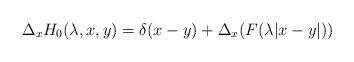
LaTeX: \begin{align*}\Delta_x H_0(\lambda,x,y) = \delta(x-y) + \Delta_x (F(\lambda|x-y|))\end{align*}